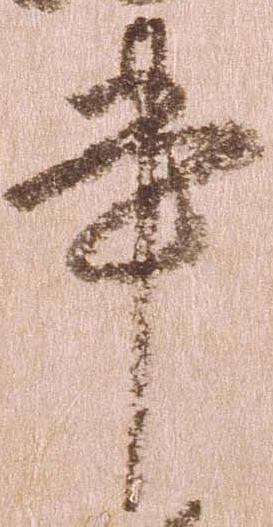
書